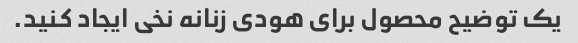
یک توضیح محصول برای هودی زنانه نخی ایجاد کنید.